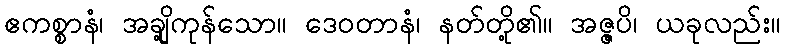
ဧကစ္စာနံ၊ အချို့ကုန်သော။ ဒေဝတာနံ၊ နတ်တို့၏။ အဇ္ဇပိ၊ ယခုလည်း။